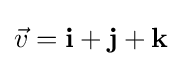
{\vec {v}}=\mathbf {i} +\mathbf {j} +\mathbf {k}